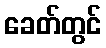
ခေတ်တွင်